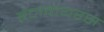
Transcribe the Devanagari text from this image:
हंटावायरस